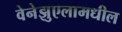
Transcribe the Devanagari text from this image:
वेनेझुएलामधील